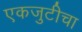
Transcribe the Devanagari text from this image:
एकजुटीचा